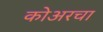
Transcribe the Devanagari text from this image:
कोअरचा